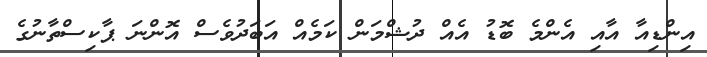
އިންޑިއާ އާއި އެންމެ ބޮޑު އެއް ދުޝްމަން ކަމެއް އަބަދުވެސް އޮންނަ ޕާކިސްތާނުގެ